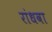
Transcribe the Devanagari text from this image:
रांधवा